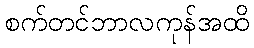
စက်တင်ဘာလကုန်အထိ